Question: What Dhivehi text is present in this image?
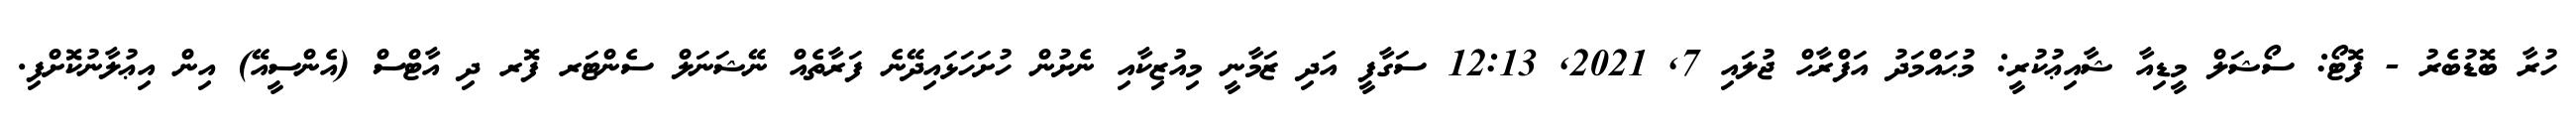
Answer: ހުރާ ބޮޑުބެރު - ފޮޓޯ: ސޯޝަލް މީޑިއާ ޝާއިޢުކުރީ: މުޙައްމަދު އަފްރާޙް ޖުލައި 7, 2021, 12:13 ސަގާފީ އަދި ޒަމާނީ މިއުޒިކާއި ނެށުން ހުށަހަޅައިދޭނެ ފަރާތެއް ނޭޝަނަލް ސެންޓަރ ފޮރ ދި އާޓްސް (އެންސީއޭ) އިން އިޢުލާނުކޮށްފި.